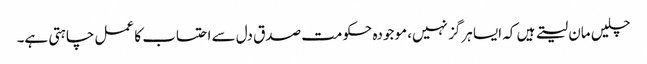
چلیں مان لیتے ہیں کہ ایسا ہرگز نہیں، موجودہ حکومت صدق دل سے احتساب کا عمل چاہتی ہے۔